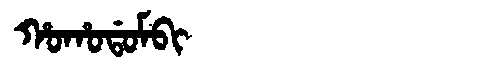
Manchu: ᡥᠣᡥᠣᡩᠣᠮᠪᡳ
Romanization: HOHODOMBI